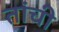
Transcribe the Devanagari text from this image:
तांची